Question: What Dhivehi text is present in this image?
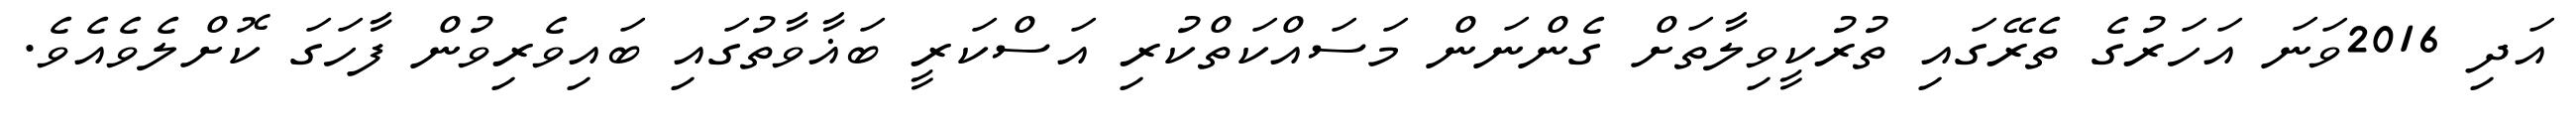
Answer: އަދި 2016ވަނަ އަހަރުގެ ތެރޭގައި ތުރުކީވިލާތަށް ގެންނަން މަސައްކަތްކުރި އަސްކަރީ ބަޣާވާތުގައި ބައިވެރިވުން ފާހަގަ ކޮށްލެވެއެވެ.